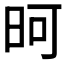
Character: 𪰏